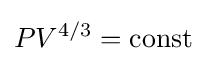
PV^{4/3}={\text{const}}